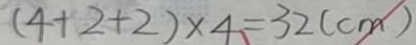
( 4 + 2 + 2 ) \times 4 = 3 2 ( c m )